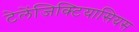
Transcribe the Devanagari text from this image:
टेलेंजिक्टियासियस